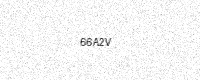
Text: 66A2V